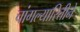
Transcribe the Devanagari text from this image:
चांगल्यारितीने